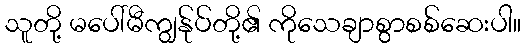
သူတို့ မပေါ်မီကျွန်ုပ်တို့၏ ကိုသေချာစွာစစ်ဆေးပါ။